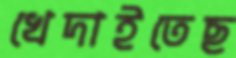
খেদাইতেছ